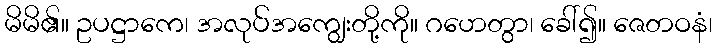
မိမိ၏။ ဥပဋ္ဌာကေ၊ အလုပ်အကျွေးတို့ကို။ ဂဟေတွာ၊ ခေါ်၍။ ဇေတဝနံ၊